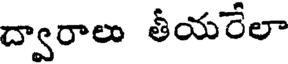
ద్వారాలు తీయరేలా